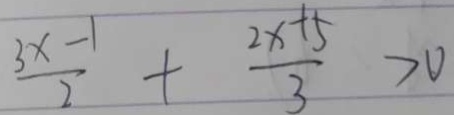
\frac { 3 x - 1 } { 2 } + \frac { 2 x + 5 } { 3 } > 0